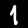
Digit: 1